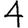
Digit: 4